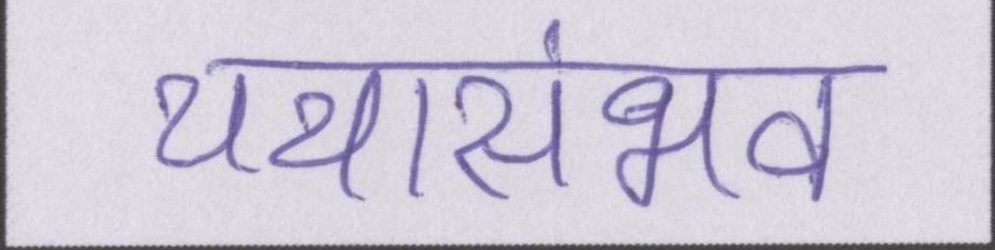
यथासंभव